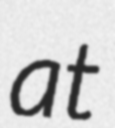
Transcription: at